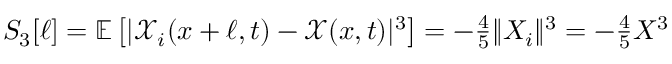
\begin{array} { r } { S _ { 3 } [ \ell ] = \mathbb { E } \left[ | \mathcal { X } _ { i } ( x + \ell , t ) - \mathcal { X } ( x , t ) | ^ { 3 } \right] = - \frac { 4 } { 5 } \| X _ { i } \| ^ { 3 } = - \frac { 4 } { 5 } X ^ { 3 } } \end{array}